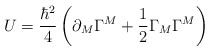
\begin{align*}U=\frac{\hbar^{2}}{4}\left( \partial_{M}\Gamma^{M}+\frac{1}{2}\Gamma_{M}\Gamma^{M}\right)\end{align*}